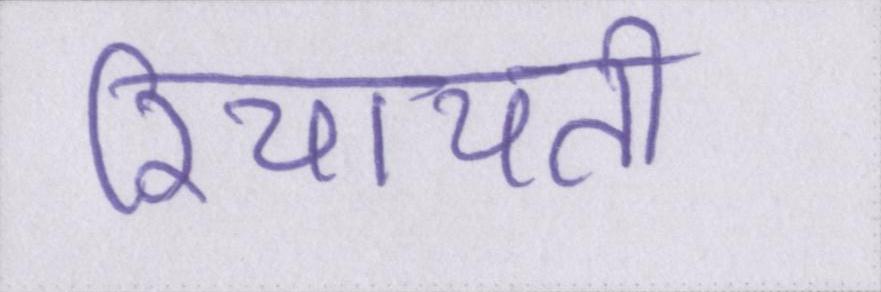
रियायती